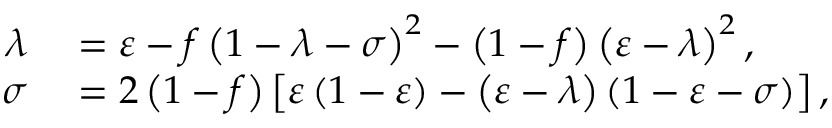
\begin{array} { r l } { \lambda } & { { } = \varepsilon - f \left( 1 - \lambda - \sigma \right) ^ { 2 } - \left( 1 - f \right) \left( \varepsilon - \lambda \right) ^ { 2 } , } \\ { \sigma } & { { } = 2 \left( 1 - f \right) \left[ \varepsilon \left( 1 - \varepsilon \right) - \left( \varepsilon - \lambda \right) \left( 1 - \varepsilon - \sigma \right) \right] , } \end{array}